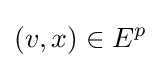
(v,x)\in E^{p}